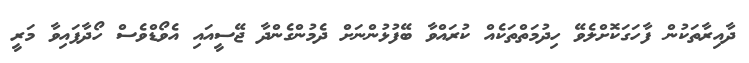
ދާއިރާތަކުން ފާހަަގަކޮށްލެވޭ ހިދުމަތްތަކެއް ކުރައްވާ ބޭފުޅުންނަށް ދެމުންގެންދާ ޖޭސީއައި އެވޯޑްވެސް ހޯދާފައިވާ މަރީ